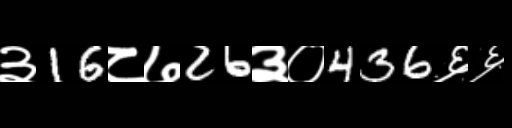
Text: ३16८७26३०436६६